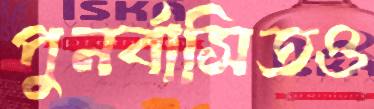
পুনর্বাসিতও